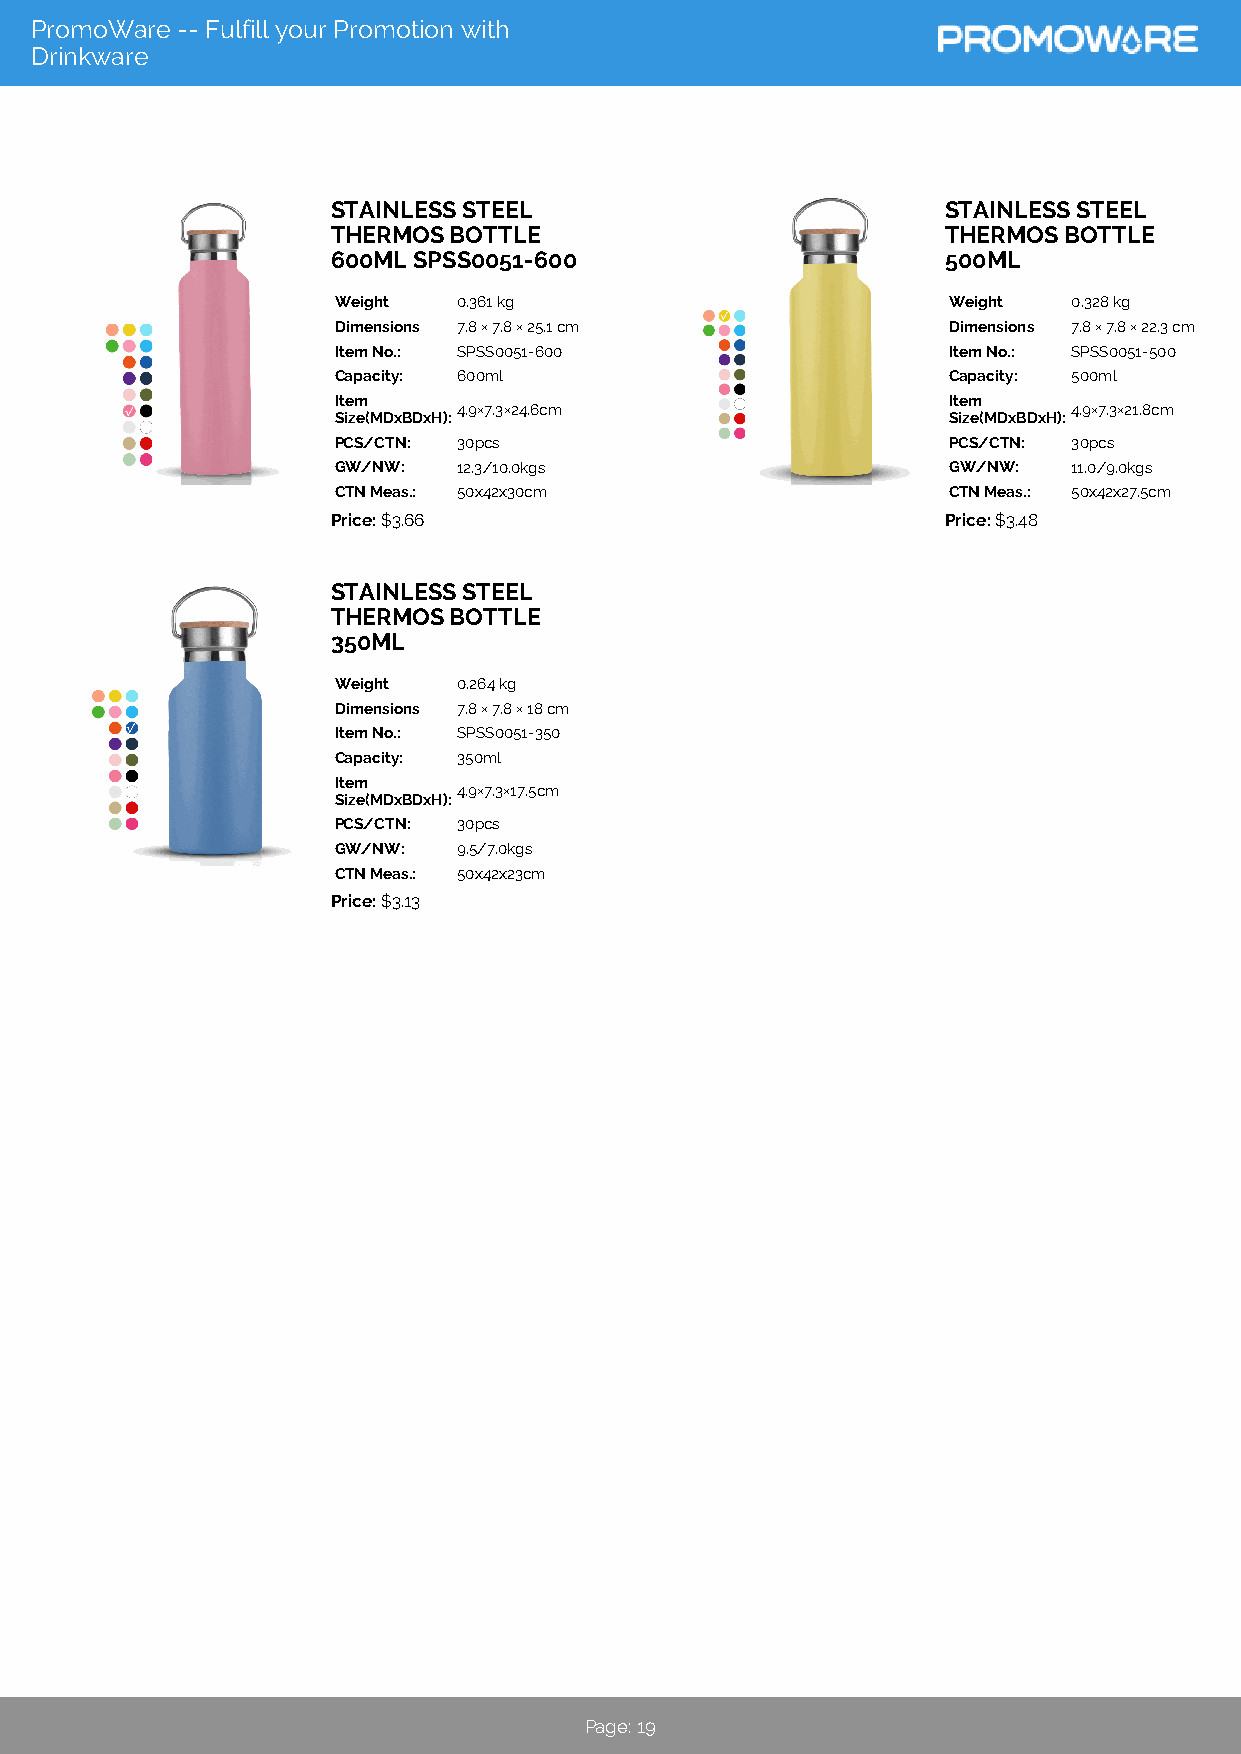
PromoWare -- Fulfill your Promotion with
 Drinkware
 STAINLESS STEEL                          STAINLESS STEEL
 THERMOS BOTTLE                           THERMOS BOTTLE
 600ML SPSS0051-600                       500ML
 Weight  0.361 kg                         Weight  0.328 kg
 Dimensions 7.8 × 7.8 × 25.1 cm           Dimensions 7.8 × 7.8 × 22.3 cm
 Item No.: SPSS0051-600                   Item No.: SPSS0051-500
 Capacity: 600ml                          Capacity: 500ml
 Item                                     Item
 4.9×7.3×24.6cm                           4.9×7.3×21.8cm
 Size(MDxBDxH):                           Size(MDxBDxH):
 PCS/CTN: 30pcs                           PCS/CTN: 30pcs
 GW/NW:  12.3/10.0kgs                     GW/NW:  11.0/9.0kgs
 CTN Meas.: 50x42x30cm                    CTN Meas.: 50x42x27.5cm
 Price: $3.66                             Price: $3.48
 STAINLESS STEEL
 THERMOS BOTTLE
 350ML
 Weight  0.264 kg
 Dimensions 7.8 × 7.8 × 18 cm
 Item No.: SPSS0051-350
 Capacity: 350ml
 Item
 4.9×7.3×17.5cm
 Size(MDxBDxH):
 PCS/CTN: 30pcs
 GW/NW:  9.5/7.0kgs
 CTN Meas.: 50x42x23cm
 Price: $3.13
 Page: 19